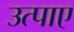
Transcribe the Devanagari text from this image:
उत्पाए